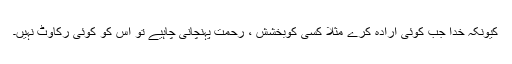
کیونکہ خدا جب کوئی ارادہ کرے مثلاً کسی کوبخشش ، رحمت پہنچانی چاہیے تو اس کو کوئی رکاوٹ نہیں۔